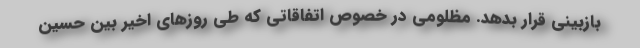
بازبینی قرار بدهد. مظلومی در خصوص اتفاقاتی که طی روزهای اخیر بین حسین